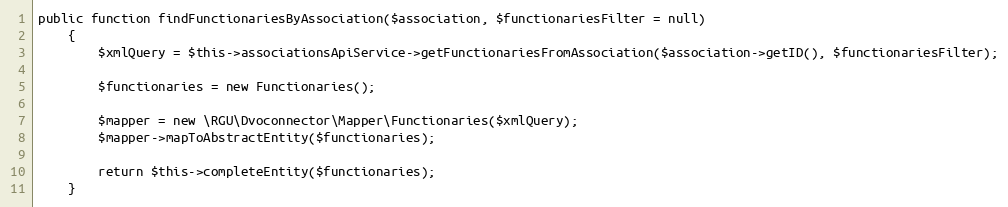
Language: PHP
public function findFunctionariesByAssociation($association, $functionariesFilter = null)
    {
        $xmlQuery = $this->associationsApiService->getFunctionariesFromAssociation($association->getID(), $functionariesFilter);

        $functionaries = new Functionaries();

        $mapper = new \RGU\Dvoconnector\Mapper\Functionaries($xmlQuery);
        $mapper->mapToAbstractEntity($functionaries);

        return $this->completeEntity($functionaries);
    }